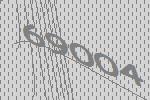
69004